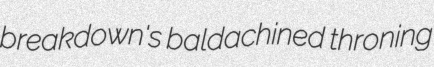
breakdown's baldachined throning